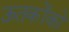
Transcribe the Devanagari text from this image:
ऊतकोंको